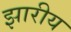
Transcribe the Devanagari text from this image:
झारीय